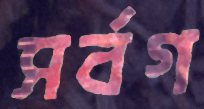
সর্বগ